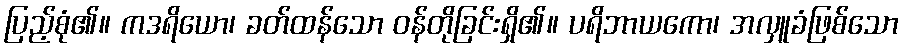
ပြည့်စုံ၏။ ကဒရိယော၊ ခတ်ထန်သော ဝန်တိုခြင်းရှိ၏။ ပရိဘာယကော၊ အလှူခံဖြစ်သော